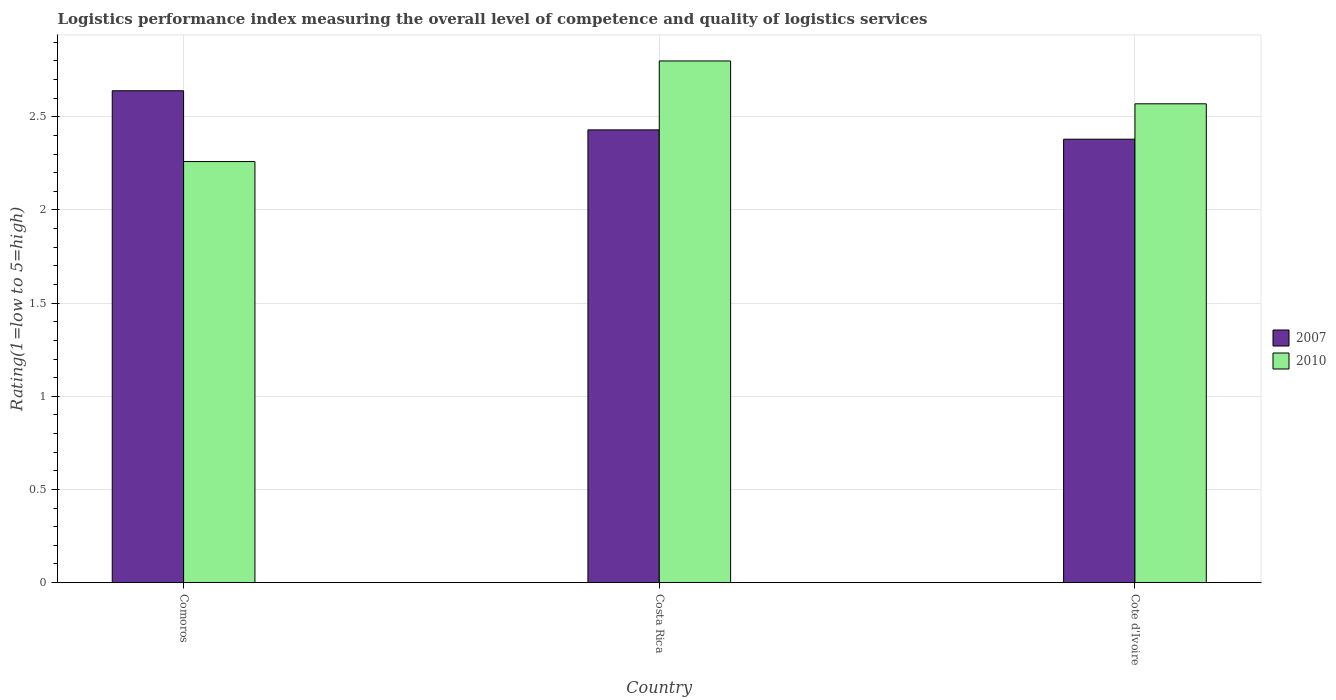
| Country | 2007 | 2010 |
 | --- | --- | --- |
 | Comoros | 2.64 | 2.26 |
 | Costa Rica | 2.43 | 2.8 |
 | Cote d'Ivoire | 2.38 | 2.57 |